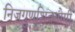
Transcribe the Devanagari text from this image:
निजगुणशिवयोगी